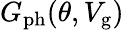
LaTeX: G_{\mathrm{ph}}(\theta,V_{\mathrm{g}})